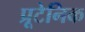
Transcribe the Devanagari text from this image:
प्रूटेनिक